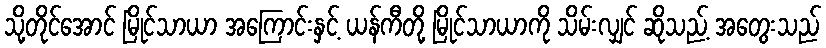
သို့တိုင်အောင် မြိုင်သာယာ အကြောင်းနှင့် ယန်ကီတို့ မြိုင်သာယာကို သိမ်းလျှင် ဆိုသည့် အတွေးသည်